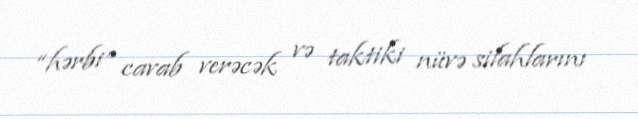
“hərbi” cavab verəcək və taktiki nüvə silahlarını